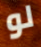
لو